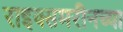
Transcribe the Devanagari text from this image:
राइक्समरीनच्या